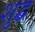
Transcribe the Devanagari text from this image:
शुद्ब